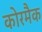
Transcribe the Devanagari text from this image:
कोरमैक